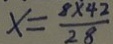
x = \frac { 8 \times 4 2 } { 2 8 }